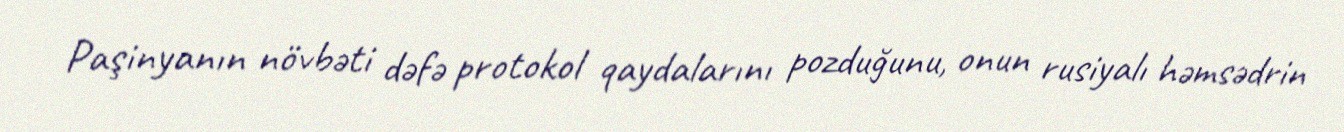
Paşinyanın növbəti dəfə protokol qaydalarını pozduğunu, onun rusiyalı həmsədrin